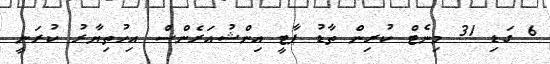
6 ގަޑި 31 މިނެޓް ކުރިން ތާޑު ޕާޓީ އިންޝުއަރެންސް އިހުތިޔާރު ކުރަނީ